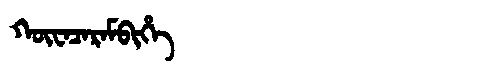
Manchu: ᡴᡡᠸᠠᠴᠠᡵᠠᠮᠪᡳᡥᡝ
Romanization: KŪWACARAMBIHE